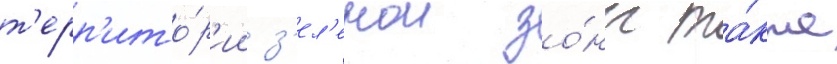
т'ерр'ито́р'ии з'ел'енои зо́ны та́кже